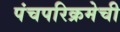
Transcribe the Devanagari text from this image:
पंचपरिक्रमेची